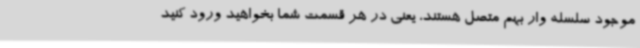
موجود سلسله وار بهم متصل هستند، یعنی در هر قسمت شما بخواهید ورود کنید